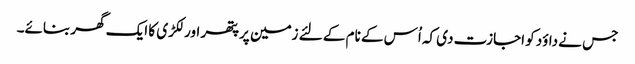
جس نے داؤد کو اجازت دی کہ اُس کے نام کے لئے زمین پر پتھر اور لکڑی کا ایک گھر بنائے۔